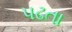
પઢતા